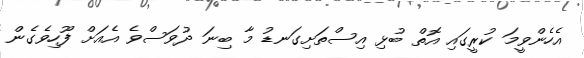
އެހެންވީމަ ކުރީގައި އޮތް ބުޅި އިސްތަށިގަނޑު މާ ބިނަ ދުވަސްވެ އެއަށް ފޫހިވެގެން